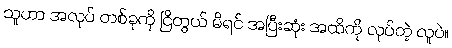
သူဟာ အလုပ် တစ်ခုကို ငြိတွယ် မိရင် အပြီးဆုံး အထိကို လုပ်တဲ့ လူပဲ။